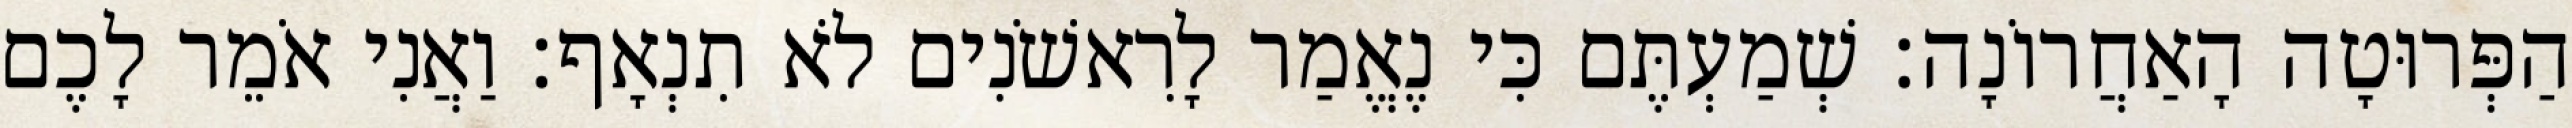
הַפְּרוּטָה הָאַחֲרוֹנָה׃ שְׁמַעְתֶּם כִּי נֶאֱמַר לָרִאשֹׁנִים לֹא תִנְאָף׃ וַאֲנִי אֹמֵר לָכֶם